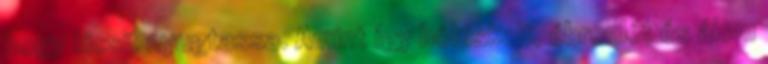
hogy kicsit nyugtassa. Amint így bóbiskolt, ébrenlét és álom